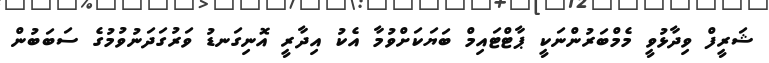
ޝަރީފް ވިދާޅުވީ މެމްބަރުންނަކީ ޕާޓްޓައިމް ބަޔަކަށްވުމާ އެކު އިދާރީ އޮނިގަނޑު ވަރުގަދަނުވުމުގެ ސަބަބުން